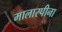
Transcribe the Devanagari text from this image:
मालास्पीना